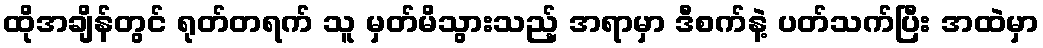
ထိုအချိန်တွင် ရုတ်တရက် သူ မှတ်မိသွားသည့် အရာမှာ ဒီစက်နဲ့ ပတ်သက်ပြီး အထဲမှာ